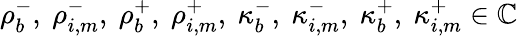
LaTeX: \rho_{b}^{-},~\rho_{i,m}^{-},~\rho_{b}^{+},~\rho_{i,m}^{+},~\kappa_{b}^{-},~\kappa_{i,m}^{-},~\kappa_{b}^{+},~\kappa_{i,m}^{+}\in\mathbb{C}